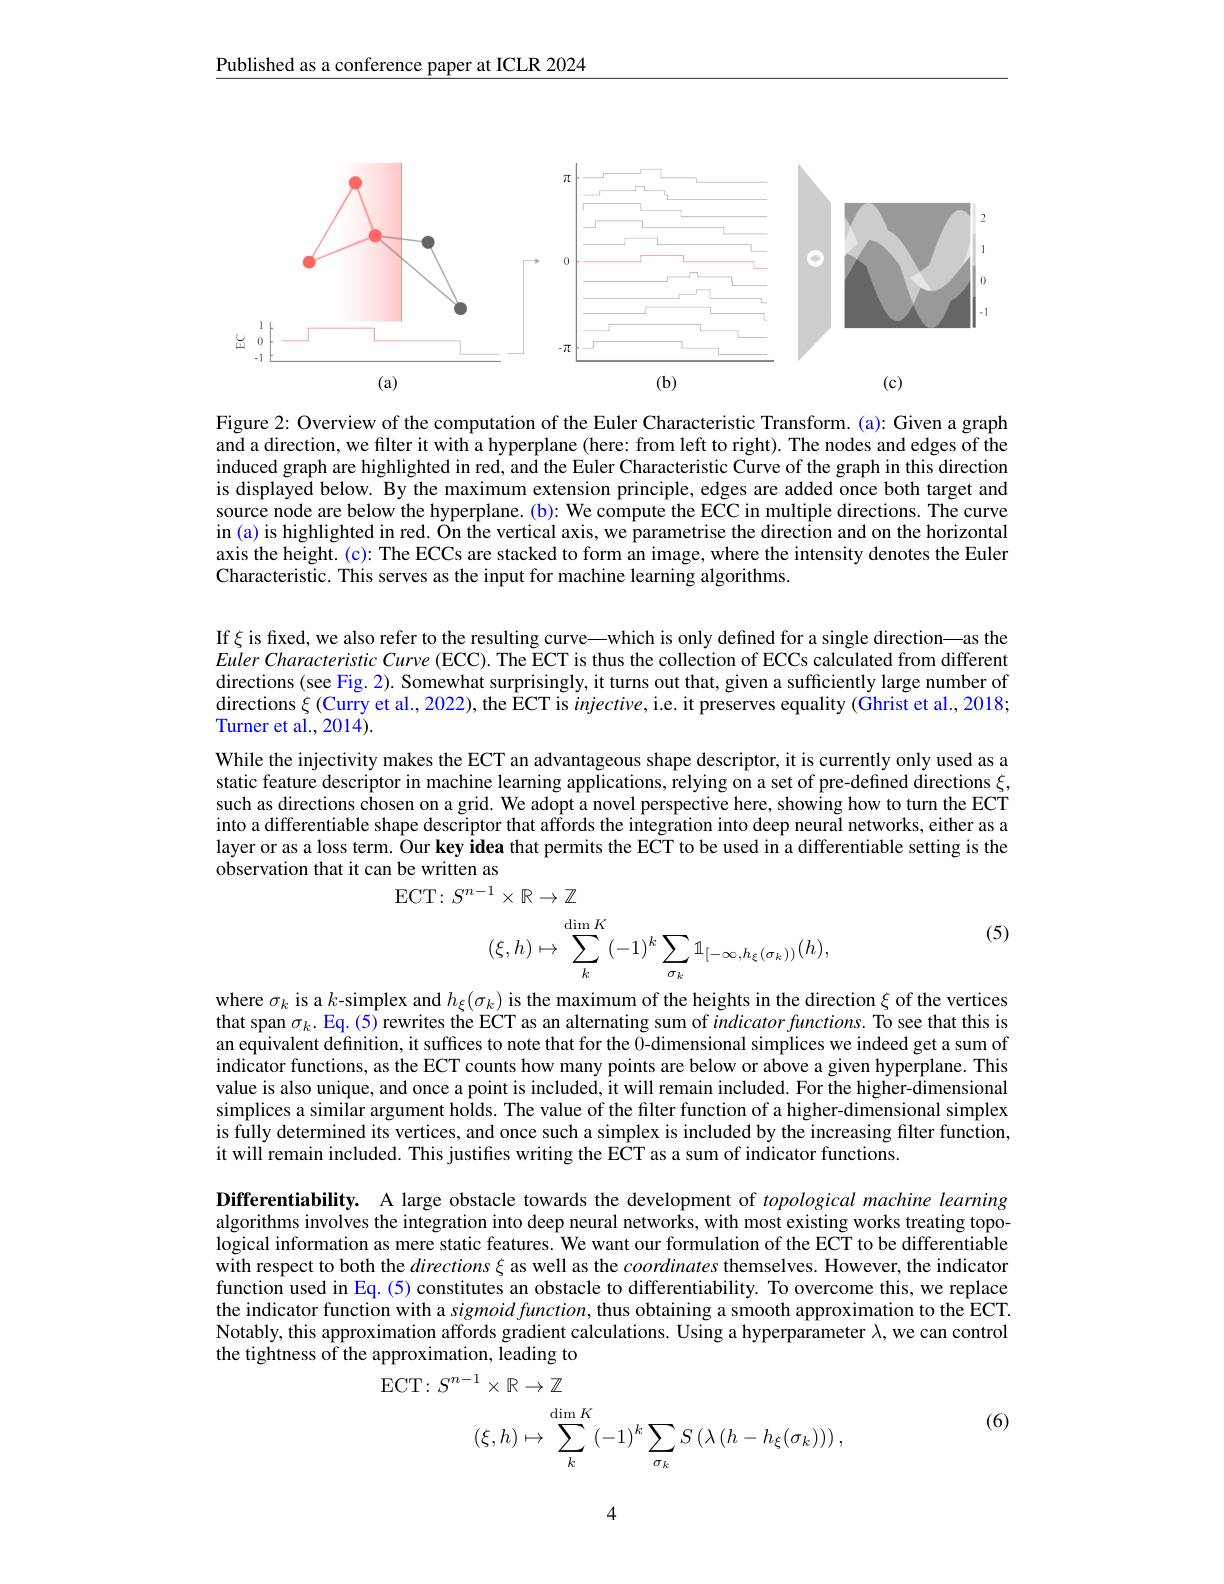
Published as a conference paper at ICLR 2024

<FigureHere>

Figure 2: Overview of the computation of the Euler Characteristic Transform. (a): Given a graph and a direction, we filter it with a hyperplane (here: from left to right). The nodes and edges of the induced graph are highlighted in red, and the Euler Characteristic Curve of the graph in this direction is displayed below. By the maximum extension principle, edges are added once both target and source node are below the hyperplane. (b): We compute the ECC in multiple directions. The curve in (a) is highlighted in red. Ön the vertical axis, we parametrise the direction and on the horizontal axis the height. (c): The ECCs are stacked to form an image, where the intensity denotes the Euler Characteristic. This serves as the input for machine learning algorithms.

If $\xi$ is fixed, we also refer to the resulting curve—which is only defined for a single direction—as the Euler Characteristic Curve (ECC). The ECT is thus the collection of ECCs calculated from different directions (see Fig. 2). Somewhat surprisingly, it turns out that, given a sufficiently large number of directions $\xi$ (Curry et al., 2022), the ECT is injective, i.e. it preserves equality (Ghrist et al., 2018; Turner et al., 2014).
While the injectivity makes the ECT an advantageous shape descriptor, it is currently only used as a static feature descriptor in machine learning applications, relying on a set of pre-defined directions $\xi$, such as directions chosen on a grid. We adopt a novel perspective here, showing how to turn the ECT into a differentiable shape descriptor that affords the integration into deep neural networks, either as a layer or as a loss term. Our key idea that permits the ECT to be used in a differentiable setting is the observation that it can be written as
ECT: $S^{n- 1}\times \mathbb{R} \to \mathbb{Z}$

(5)
$$(\xi,h)\mapsto\sum\limits_k^{\dim K}(-1)^k\sum\limits_{\sigma_k}\mathbb{1}_{[-\infty,h_\xi(\sigma_k))}(h),$$
where $\sigma_k$ is a $k$-simplex and $h_\xi(\sigma_k)$ is the maximum of the heights in the direction $\xi$ of the vertices that span $\sigma_k.$ Eq. (5) rewrites the ECT as an alternating sum of indicator functions. To see that this is an equivalent definition, it suffices to note that for the 0-dimensional simplices we indeed get a sum of $\hat{\text{indicator functions, as the ECT counts how many points are below or above a given hyperplane. This}}$ value is also unique, and once a point is included, it will remain included. For the higher-dimensional simplices a similar argument holds. The value of the filter function of a higher-dimensional simplex is fully determined its vertices, and once such a simplex is included by the increasing filter function, it will remain included. This justifes writing the ECT as a sum of indicator functions.

Differentiability. A large obstacle towards the development of topological machine learning algorithms involves the integration into deep neural networks, with most existing works treating topological information as mere static features. We want our formulation of the ECT to be differentiable with respect to both the $directions\xi$ as well as the coordinates themselves. However, the indicator function used in Eq. (5) constitutes an obstacle to differentiability. To overcome this, we replace the indicator function with a sigmoid function, thus obtaining a smooth approximation to the ECT. Notably, this approximation affords gradient calculations. Using a hyperparameter $\lambda$, we can control the tightness of the approximation, leading to
ECT:  $S^{n- 1}\times \mathbb{R} \to \mathbb{Z}$

(6)
$$(\xi,h)\mapsto\sum\limits_{k}^{\dim K}\left(-1\right)^{k}\sum\limits_{\sigma_{k}}S\left(\lambda\left(h-h_{\xi}(\sigma_{k})\right)\right),$$
4